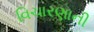
વિચારણાની